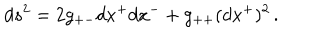
d s ^ { 2 } = 2 g _ { + - } d x ^ { + } d x ^ { - } + g _ { + + } ( d x ^ { + } ) ^ { 2 } \, .